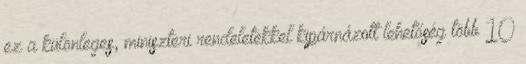
ez a különleges, miniszteri rendeletekkel kipárnázott lehetőség több 10